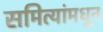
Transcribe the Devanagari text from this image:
समित्यांमधून